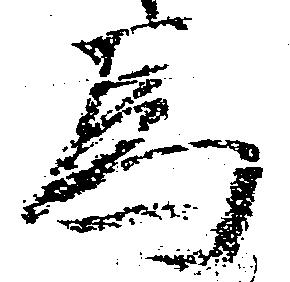
為